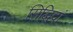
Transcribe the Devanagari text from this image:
सिद्धिदां